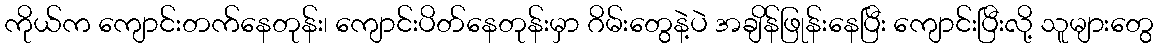
ကိုယ်က ကျောင်းတက်နေတုန်း၊ ကျောင်းပိတ်နေတုန်းမှာ ဂိမ်းတွေနဲ့ပဲ အချိန်ဖြုန်းနေပြီး ကျောင်းပြီးလို့ သူများတွေ